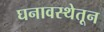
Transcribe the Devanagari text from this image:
घनावस्थेतून